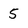
Character: 5